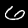
Label: 6